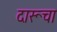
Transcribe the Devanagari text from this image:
दारूचा